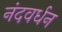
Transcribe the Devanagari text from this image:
नंदवर्धन